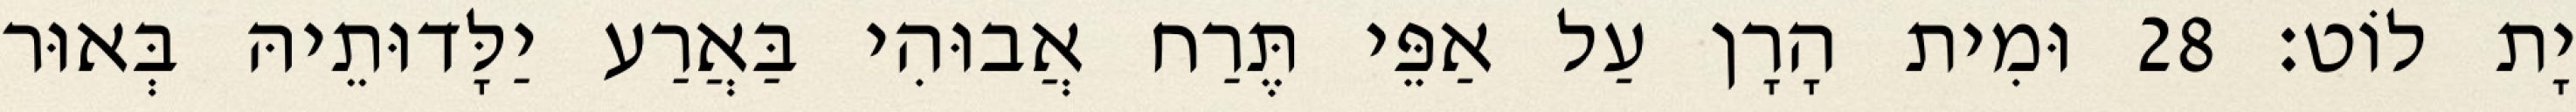
יָת לוֹט׃ 28 וּמִית הָרָן עַל אַפֵּי תֶּרַח אֲבוּהִי בַּאֲרַע יַלָּדוּתֵיהּ בְּאוּר